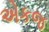
એકજ